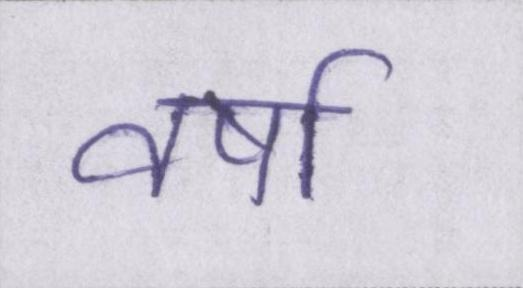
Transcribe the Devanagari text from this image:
वर्षा